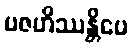
ပဇဟိဿန္တိပေ